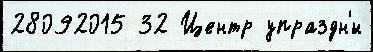
28092015 32 Центр упраздн'́н